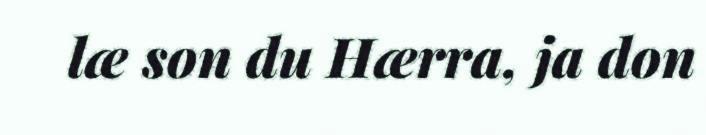
læ son du Hærra, ja don